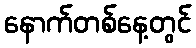
နောက်တစ်နေ့တွင်